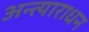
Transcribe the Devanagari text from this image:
अन्त्याराधन